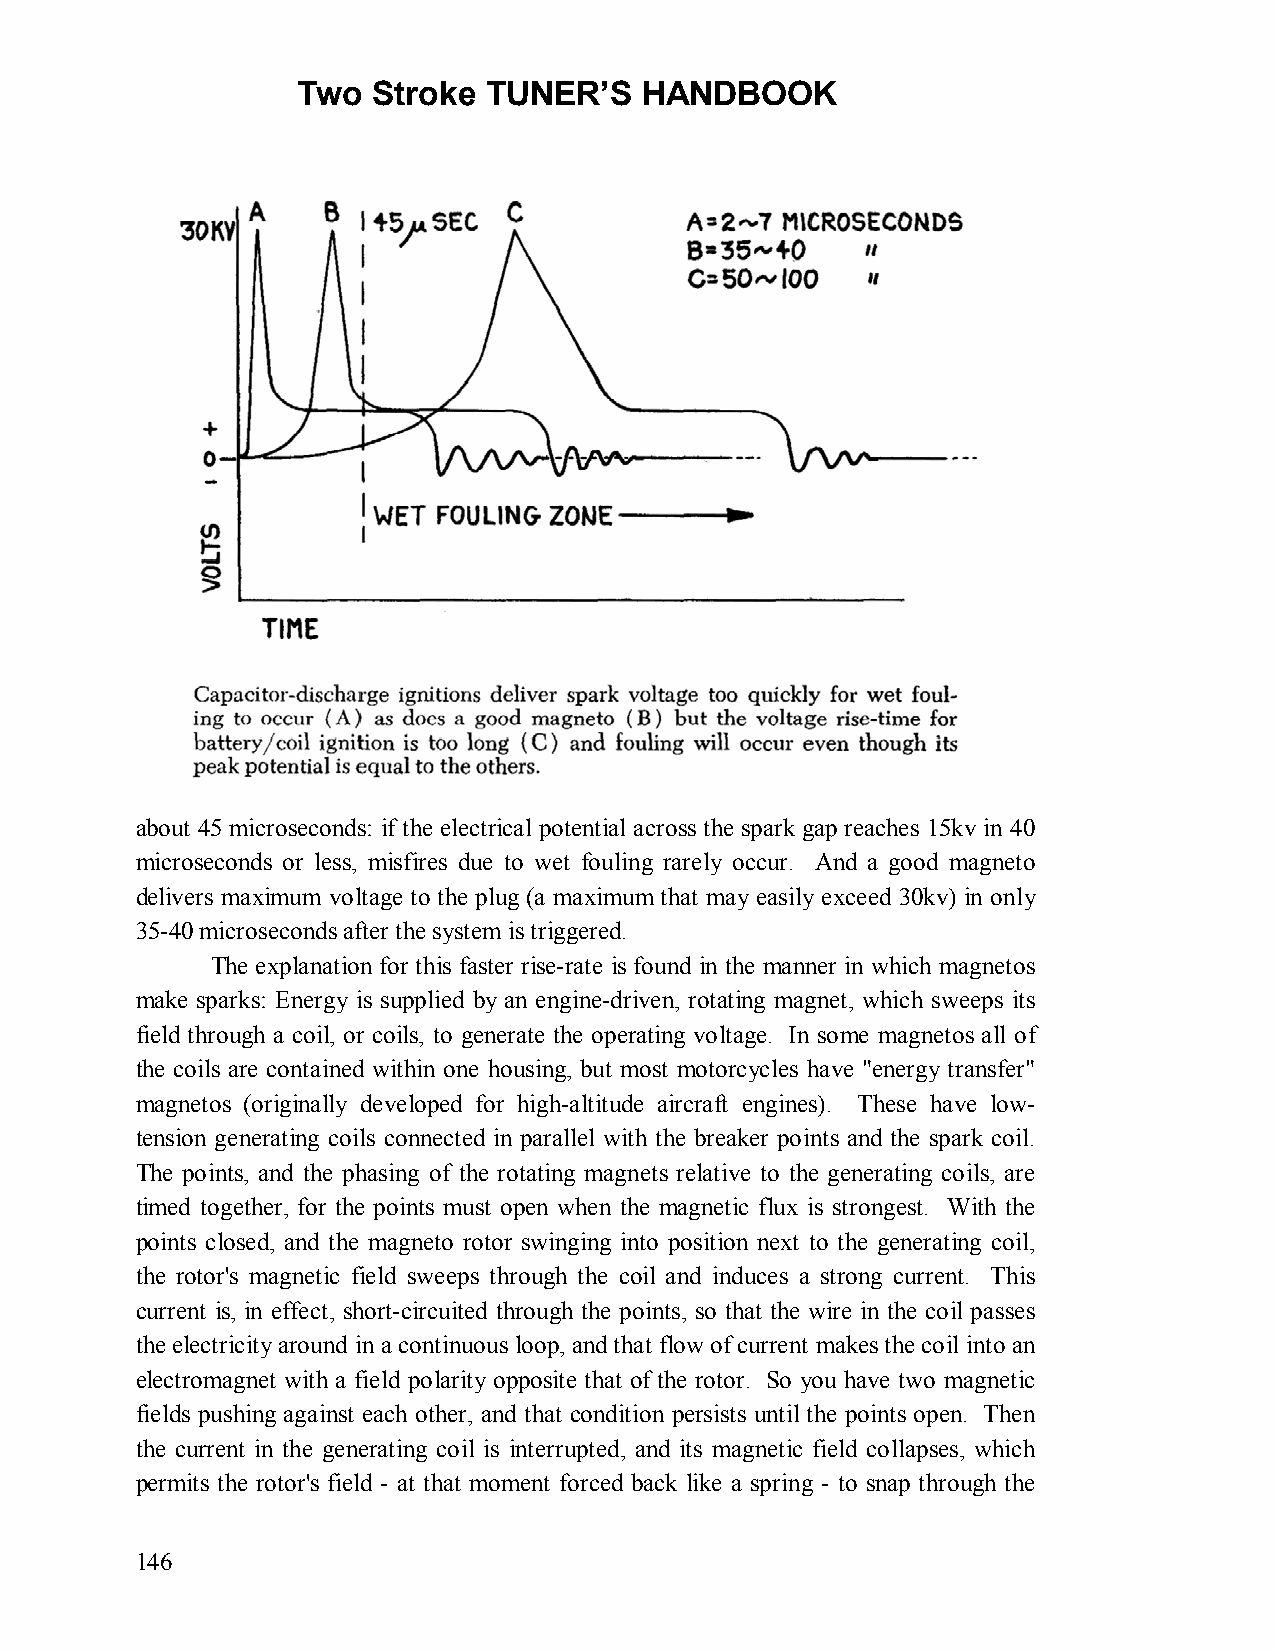
Two  Stroke TUNER’S   HANDBOOK
 about 45 microseconds: if the electrical potential across the spark gap reaches 15kv in 40
 microseconds or less, misfires due to wet fouling rarely occur. And a good magneto
 delivers maximum voltage to the plug (a maximum that may easily exceed 30kv) in only
 35-40 microseconds after the system is triggered.
 The explanation for this faster rise-rate is found in the manner in which magnetos
 make sparks: Energy is supplied by an engine-driven, rotating magnet, which sweeps its
 field through a coil, or coils, to generate the operating voltage. In some magnetos all of
 the coils are contained within one housing, but most motorcycles have "energy transfer"
 magnetos (originally developed for high-altitude aircraft engines). These have low-
 tension generating coils connected in parallel with the breaker points and the spark coil.
 The points, and the phasing of the rotating magnets relative to the generating coils, are
 timed together, for the points must open when the magnetic flux is strongest. With the
 points closed, and the magneto rotor swinging into position next to the generating coil,
 the rotor's magnetic field sweeps through the coil and induces a strong current. This
 current is, in effect, short-circuited through the points, so that the wire in the coil passes
 the electricity around in a continuous loop, and that flow of current makes the coil into an
 electromagnet with a field polarity opposite that of the rotor. So you have two magnetic
 fields pushing against each other, and that condition persists until the points open. Then
 the current in the generating coil is interrupted, and its magnetic field collapses, which
 permits the rotor's field - at that moment forced back like a spring - to snap through the
 146